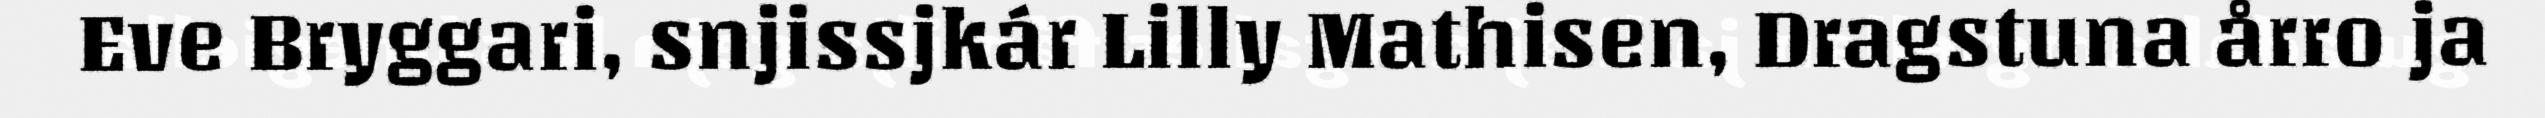
Eve Bryggari, snjissjkár Lilly Mathisen, Dragstuna årro ja